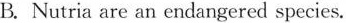
B.Nutria are an endangered species